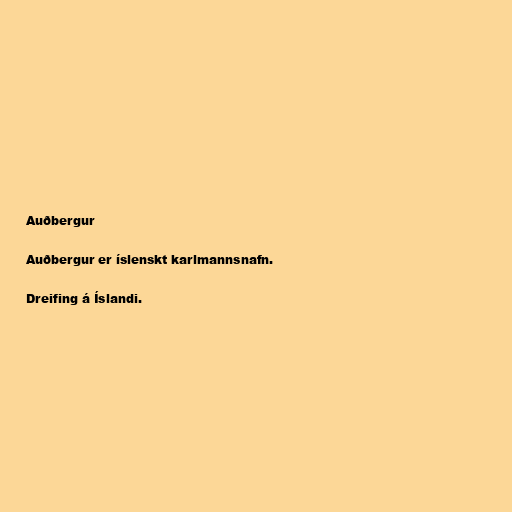
Auðbergur

Auðbergur er íslenskt karlmannsnafn.

Dreifing á Íslandi.